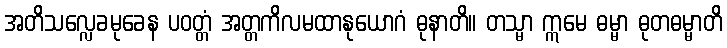
အတိသလ္လေခမုခေန ပဝတ္တံ အတ္တကိလမထာနုယောဂံ ဓုနာတိ။ တသ္မာ ဣမေ ဓမ္မာ ဓုတဓမ္မာတိ